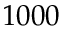
1 0 0 0